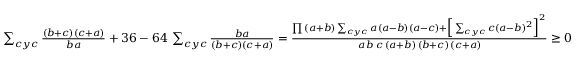
\begin{array} { r } { \sum _ { c y c } { \frac { \left( b + c \right) \left( c + a \right) } { b a } } + 3 6 - 6 4 \, \sum _ { c y c } { \frac { b a } { \left( b + c \right) \left( c + a \right) } } = \frac { \prod \, ( a + b ) \sum _ { c y c } a ( a - b ) ( a - c ) + \Big [ \sum _ { c y c } c ( a - b ) ^ { 2 } \Big ] ^ { 2 } } { a \, b \, c \, ( a + b ) \, ( b + c ) \, ( c + a ) } \geq 0 } \end{array}